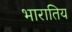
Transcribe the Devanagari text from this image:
भारातिय